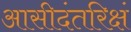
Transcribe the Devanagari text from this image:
आसीदंतरिक्षं